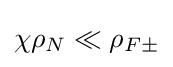
\chi \rho _{N}\ll \rho _{F\pm }